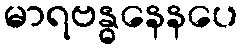
မာရဗန္ဓနေနပေ